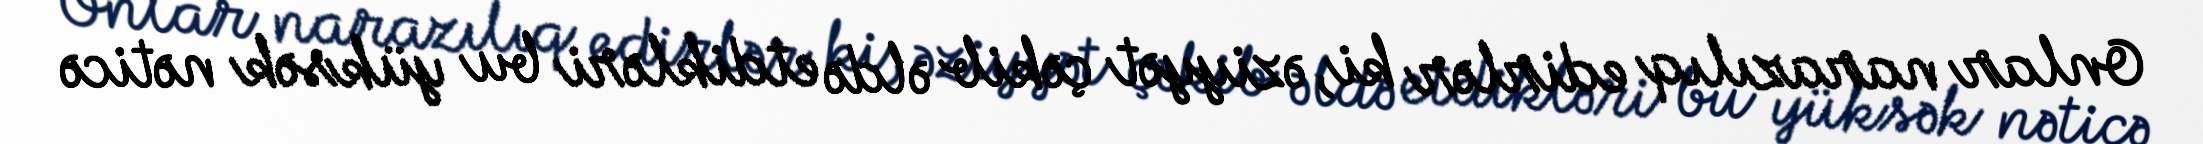
Onlar narazılıq edirlər ki, əziyyət çəkib əldə etdikləri bu yüksək nəticə